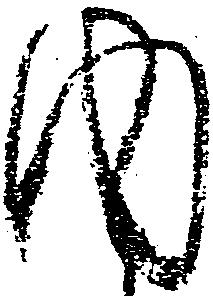
内